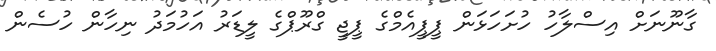
ގާނޫނަށް އިސްލާހު ހުށަހަޅަން ޕީޕީއެމްގެ ޕީޖީ ގްރޫޕްގެ ލީޑަރު އަހުމަދު ނިހާން ހުސެން